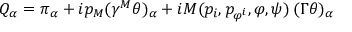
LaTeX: Q _ { \alpha } = \pi _ { \alpha } + i p _ { M } ( \gamma ^ { M } \theta ) _ { \alpha } + i M ( p _ { i } , p _ { \varphi ^ { i } } , \varphi , \psi ) \, ( \Gamma \theta ) _ { \alpha } \,